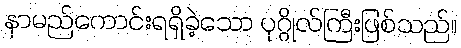
နာမည်ကောင်းရရှိခဲ့သော ပုဂ္ဂိုလ်ကြီးဖြစ်သည်။